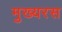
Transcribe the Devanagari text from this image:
मुख्यरस